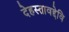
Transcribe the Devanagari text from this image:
देहस्तावद्देवि